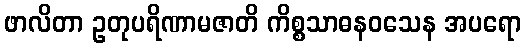
ဖာလိတာ ဥတုပရိဏာမဇာတိ ကိစ္စသာဓနဝသေန အပရော